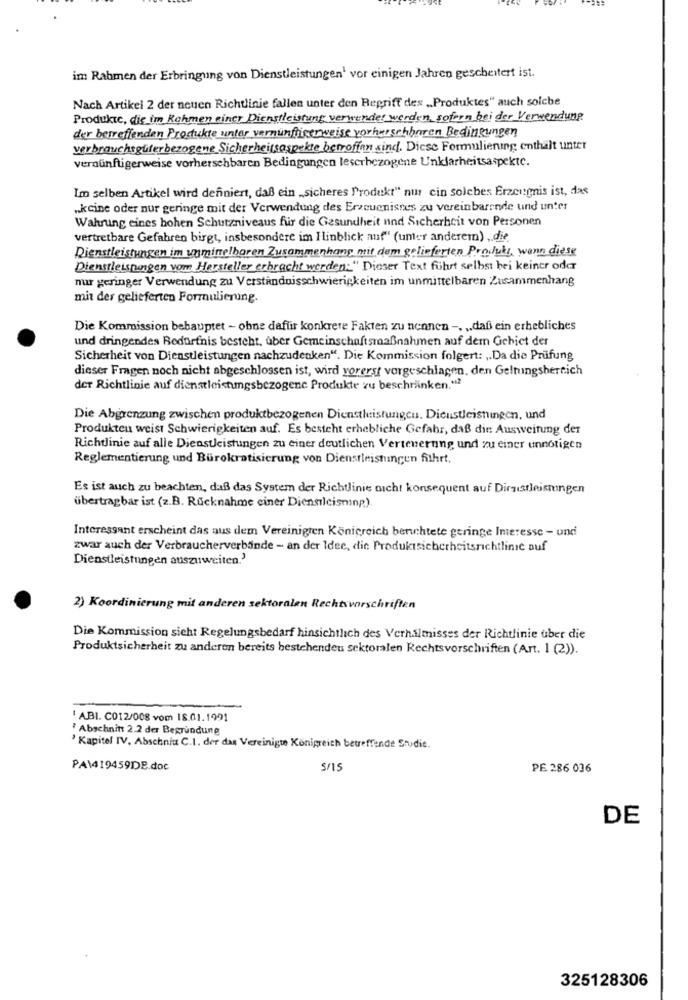
im Rahmen der Erbringung von Dienstleistungen1 vor einigen Jahren gescheitert ist.
Nach Artikel 2 der neuen Richtlinie fallen unter den Begriff des „Produktes“ auch solche
Produkte, die im Rahmen einer Dienstleistung verwendet werden, sofern bei der Verwendung
der betreffenden Produkte unter vernünftigerweise vorhersehbaren Bedingungen
verbrauchsgüterbezogene Sicherheitsaspekte betroffen sind. Diese Formulierung enthalt unter
vernünftigerweise vorhersehbaren Bedingungen leserbezogene Unklarheitsaspekte.
Im selben Artikel wird definiert, daß ein „sicheres Produkt“ nur cin solches Erzeugnis ist, das
„keine oder nur geringe mit der Verwendung des Erzeugnisses zu vereinbarende und unter
Wahrung eines hohen Schutzniveaus für die Gesundheit und Sicherheit von Personen
vertretbare Gefahren birgt, insbesondere im Hinblick auf" (unter anderem) , die
Dienstleistungen im unminelbaren Zusammenhang mit dem gelieferten Produkt, wann diese
Dienstleistungen vom Hersteller erbracht werden:" Dieser Text führt selbst bei keiner oder
nur geringer Verwendung zu Verständnisschwierigkeiten im unmittelbaren Zusammenhang
mit der gelieferten Formulierung.
Die Kommission behauptet - ohne dafür konkrete Fakten zu nennen -. .. daß ein erhebliches
und dringendes Bedürfnis besteht. uber Gemeinschaftsmaßnahmen auf dem Gebiet der
Sicherheit von Dienstleistungen nachzudenken“. Die Kommission folgert: „Da die Prüfung
dieser Fragen noch nicht abgeschlossen ist, wird vorerst vorgeschlagen, den Geltungshertich
der Richtlinie auf dienstleistungsbezogene Produkte zu beschränken."2
Die Abgrenzung zwischen produktbezogenen Dienstleistungen. Dienstleistungen, und
Produkten weist Schwierigkeiten auf. Es besteht erhebliche Gefahr, daß die Ausweitung der
Richtlinie auf alle Dienstleistungen zu einer deutlichen Vertenerung und zu einer unnötigen
Reglementierung und Bürokratisierung von Dienstleistungen fithrt.
Es ist auch zu beachten, daß das System der Richtlinie nicht konsequent auf Dirsistleismingen
übertragbar ist (z.B. Rücknahme einer Diensilcisminp)
Interessant erscheint das aus dem Vereinigten Königreich berichtete geringe Interesse - und
zwar auch der Verbraucherverbände - an der Idee, dic Produktsicherheitsrichtlinie auf
Dienstleistungen auszuweiten.'
2) Koordinierung mit anderen sektoralen Rechtsvorschriften
Die Kommission sieht Regelungsbedarf hinsichtlich des Verhålmisses der Richtlinie über die
Produktsicherheit zu anderen bereits bestehenden sektoralen Rechtsvorschriften (Art. 1 (2)).
' ABI. C012/008 vom 18.01.1991
? Abschnitt 2.2 der Begründung
' Kapitel IV, Abschnitt C.I. der dan Vereinigte Königreich betreffende Studie.
PA\419459DE.doc
S/15
PE 286 036
DE
325128306